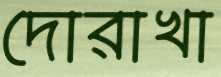
দোরাখা